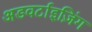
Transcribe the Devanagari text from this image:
अडवर्टाइज़िंग